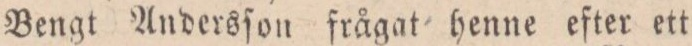
Bengt Andersſon frågat henne efter ett